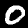
Label: 0